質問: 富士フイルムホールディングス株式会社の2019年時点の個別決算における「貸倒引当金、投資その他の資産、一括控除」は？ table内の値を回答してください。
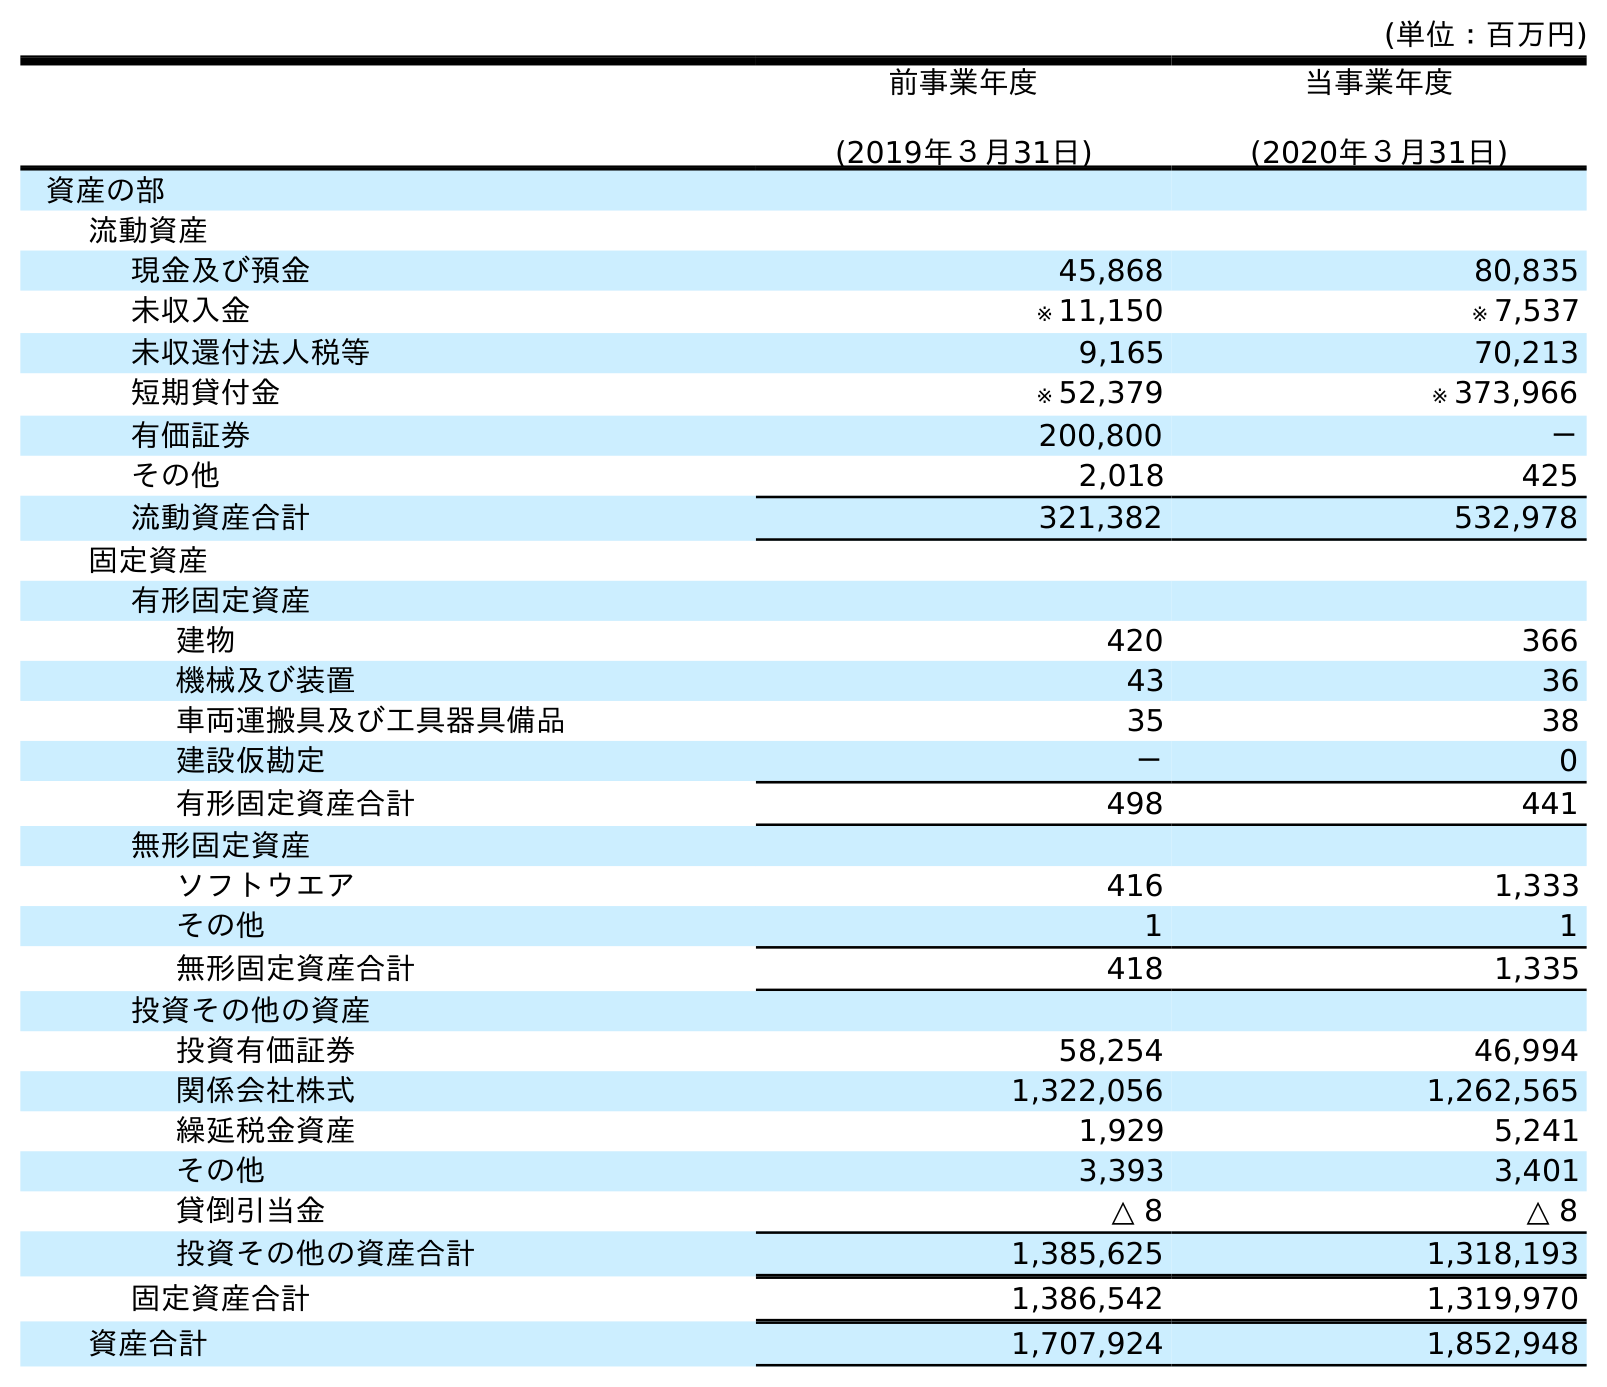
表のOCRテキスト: (単位：百万円) 前事業年度 (2019年３月31日) 当事業年度 (2020年３月31日) 資産の部 流動資産 現金及び預金 45,868 80,835 未収入金 ※ 11,150 ※ 7,537 未収還付法人税等 9,165 70,213 短期貸付金 ※ 52,379 ※ 373,966 有価証券 200,800 － その他 2,018 425 流動資産合計 321,382 532,978 固定資産 有形固定資産 建物 420 366 機械及び装置 43 36 車両運搬具及び工具器具備品 35 38 建設仮勘定 － 0 有形固定資産合計 498 441 無形固定資産 ソフトウエア 416 1,333 その他 1 1 無形固定資産合計 418 1,335 投資その他の資産 投資有価証券 58,254 46,994 関係会社株式 1,322,056 1,262,565 繰延税金資産 1,929 5,241 その他 3,393 3,401 貸倒引当金 △ 8 △ 8 投資その他の資産合計 1,385,625 1,318,193 固定資産合計 1,386,542 1,319,970 資産合計 1,707,924 1,852,948
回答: △8